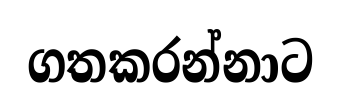
ගතකරන්නාට